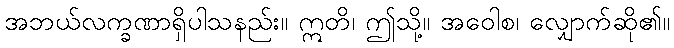
အဘယ်လက္ခဏာရှိပါသနည်း။ ဣတိ၊ ဤသို့။ အဝေါစ၊ လျှောက်ဆို၏။